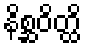
နိစ္ဆဝိတ္ထိ